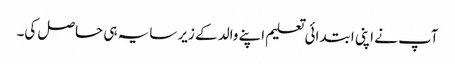
آپ نے اپنی ابتدائی تعلیم اپنے والد کے زیر سایہ ہی حاصل کی۔